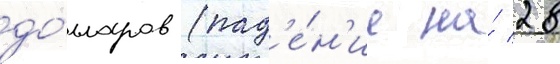
до́лларов (пад'е́н'ие на́ 28